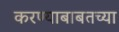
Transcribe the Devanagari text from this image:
करण्याबाबतच्या